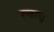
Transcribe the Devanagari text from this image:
रबाब